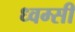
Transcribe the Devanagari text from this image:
ध्वम्सी